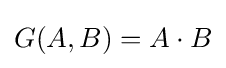
G(A,B)=A\cdot B